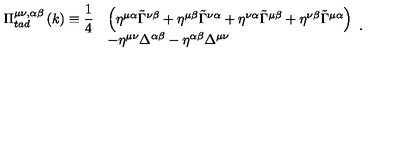
\begin{array} { l l l } { \Pi _ { t a d } ^ { \mu \nu , \alpha \beta } \left( k \right) \equiv \displaystyle { \frac { 1 } { 4 } } } & { \left( \eta ^ { \mu \alpha } \tilde { \Gamma } ^ { \nu \beta } + \eta ^ { \mu \beta } \tilde { \Gamma } ^ { \nu \alpha } + \eta ^ { \nu \alpha } \tilde { \Gamma } ^ { \mu \beta } + \eta ^ { \nu \beta } \tilde { \Gamma } ^ { \mu \alpha } \right) } \\ { } & { - \eta ^ { \mu \nu } \Delta ^ { \alpha \beta } - \eta ^ { \alpha \beta } \Delta ^ { \mu \nu } } \\ \end{array} .